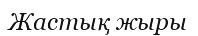
Жастық жыры